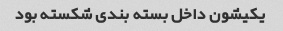
یکیشون داخل بسته بندی شکسته بود